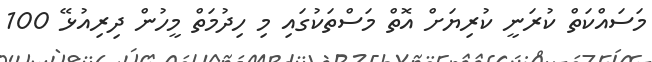
މަސައްކަތް ކުރަނީ ކުރިޔަށް އޮތް މަސްތަކުގައި މި ހިދުމަތް މީހުން ދިރިއުޅޭ 100